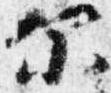
示